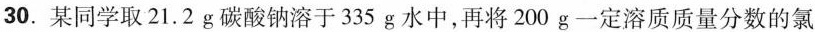
30.某同学取21.2 g碳酸钠溶于335 g水中,再将200 g一定溶质质量分数的氯